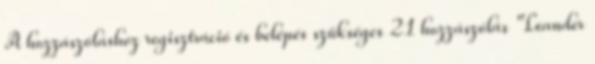
A hozzászóláshoz regisztráció és belépés szükséges 21 hozzászólás "Leander